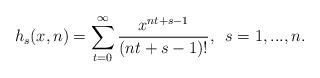
LaTeX: \begin{align*}h_s(x,n)=\sum_{t=0}^{\infty}\frac {x^{nt+s-1}}{(nt+s-1)!}, \enskip s=1,...,n.\end{align*}